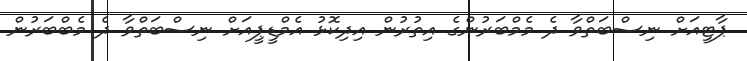
ޕާޓީއަށް ނިސްބަތްވާ ދެ މެމްބަރުންގެ އިތުރުން އިދިކޮޅު އެމްޑީޕީއަށް ނިސްބަތްވާ ދެ މެބްބަރުން